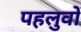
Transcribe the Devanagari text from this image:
पहलुवों